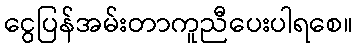
ငွေပြန်အမ်းတာကူညီပေးပါရစေ။